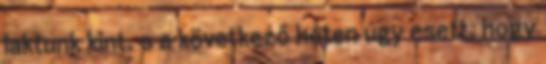
laktunk kint, s a következő héten úgy esett, hogy